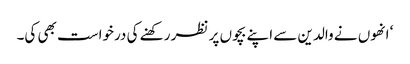
‘ انھوں نے والدین سے اپنے بچوں پر نظر رکھنے کی درخواست بھی کی۔